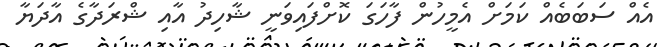
އެއް ސަބަބެއް ކަމަށް އެމީހުން ފާހަގަ ކޮށްފައިވަނީ ޝާހިދު އާއި ޝްރަދާގެ އާދަޔާ